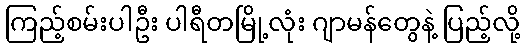
ကြည့်စမ်းပါဦး ပါရီတမြို့လုံး ဂျာမန်တွေနဲ့ ပြည့်လို့